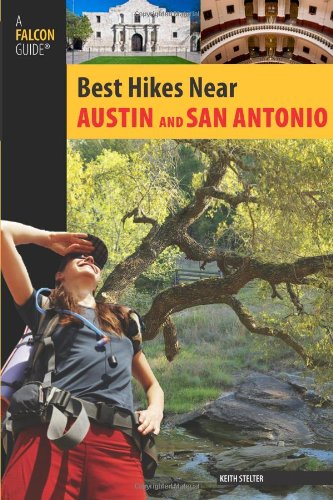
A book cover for Best Hikes Near Austin and San Antonio (Best Hikes Near Series); Keith Stelter; Travel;